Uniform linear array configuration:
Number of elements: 48
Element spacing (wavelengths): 0.5
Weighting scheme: hann
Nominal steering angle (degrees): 60
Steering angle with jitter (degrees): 58.124
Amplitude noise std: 0.05
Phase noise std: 0.05

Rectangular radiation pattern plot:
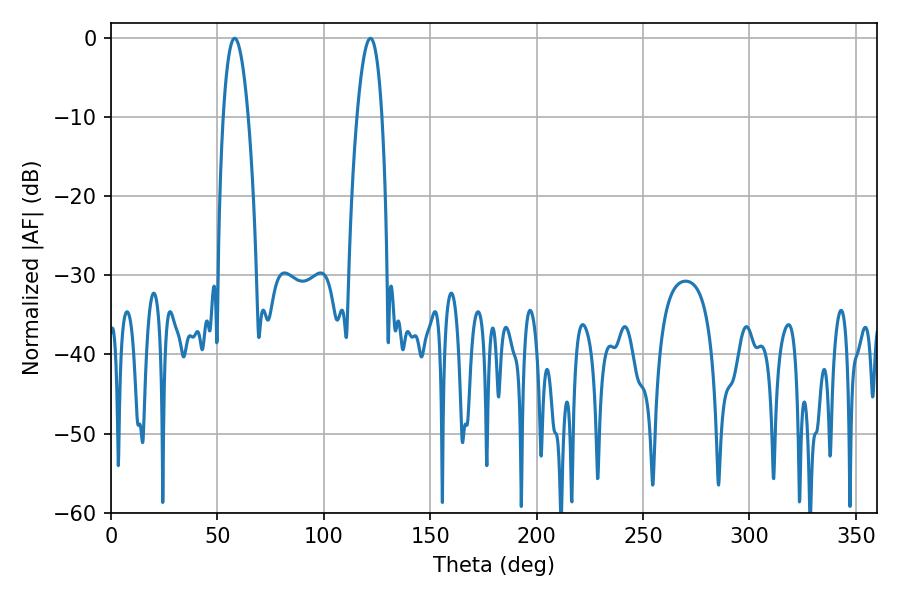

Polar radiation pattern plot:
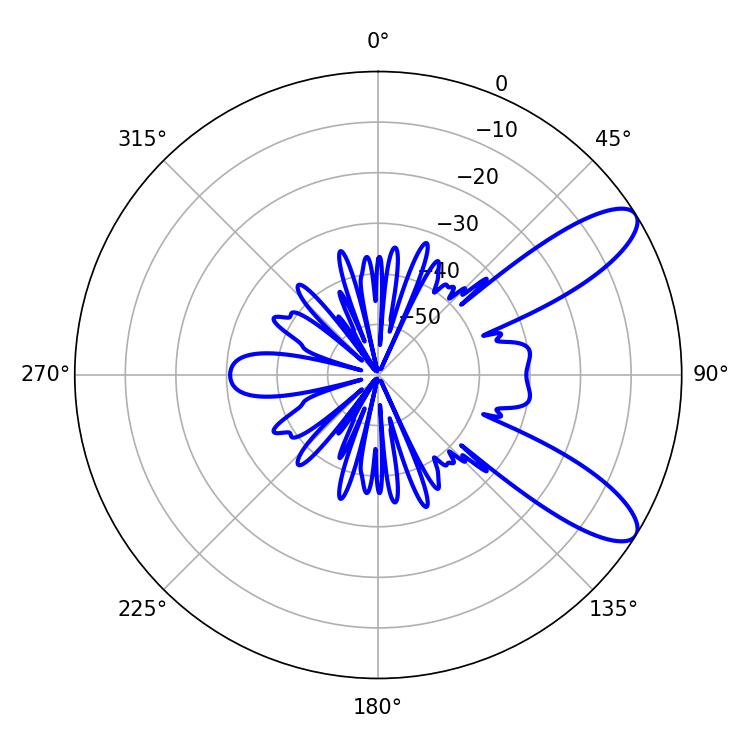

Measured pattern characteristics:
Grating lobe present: FALSE
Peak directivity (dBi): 9.835
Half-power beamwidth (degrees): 6.48
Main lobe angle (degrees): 58.14